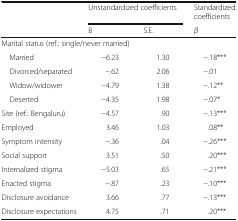
<table><thead><tr><td></td><td colspan="2"><b>Unstandardized coefficients</b></td><td><b>Standardized coefficients</b></td></tr><tr><td></td><td><b>B</b></td><td><b>S.E.</b></td><td><b><i>β</i></b></td></tr></thead><tbody><tr><td colspan="4">Marital status (ref.: single/never married)</td></tr><tr><td> Married</td><td>−6.23</td><td>1.30</td><td>−.18***</td></tr><tr><td> Divorced/separated</td><td>−.62</td><td>2.06</td><td>−.01</td></tr><tr><td> Widow/widower</td><td>−4.79</td><td>1.38</td><td>−.12**</td></tr><tr><td> Deserted</td><td>−4.35</td><td>1.98</td><td>−.07*</td></tr><tr><td>Site (ref.: Bengaluru)</td><td>−4.57</td><td>.90</td><td>−.13***</td></tr><tr><td>Employed</td><td>3.46</td><td>1.03</td><td>.08**</td></tr><tr><td>Symptom intensity</td><td>−.36</td><td>.04</td><td>−.26***</td></tr><tr><td>Social support</td><td>3.51</td><td>.50</td><td>.20***</td></tr><tr><td>Internalized stigma</td><td>−5.03</td><td>.65</td><td>−.21***</td></tr><tr><td>Enacted stigma</td><td>−.87</td><td>.23</td><td>−.10***</td></tr><tr><td>Disclosure avoidance</td><td>3.66</td><td>.77</td><td>−.13***</td></tr><tr><td>Disclosure expectations</td><td>4.75</td><td>.71</td><td>.20***</td></tr></tbody></table>